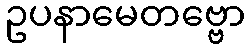
ဥပနာမေတဗ္ဗော